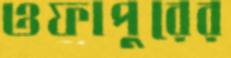
ওফাপুরের